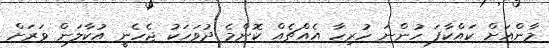
މާންއަށް ކައްކާފަ ހުންނަ ހުރިހާ އެއްޗެއް ކޮންމެ ދުވަހަކު ޖެހެނީ އުކާލަން ވަރަށް